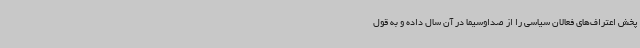
پخش اعتراف‌های فعالان سیاسی را از صداوسیما در آن سال داده و به قول